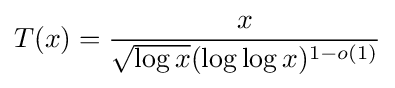
T(x)={\frac {x}{{\sqrt {\log x}}(\log \log x)^{1-o(1)}}}